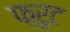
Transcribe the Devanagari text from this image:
फ़्रुट